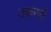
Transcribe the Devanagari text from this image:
तकरारों